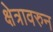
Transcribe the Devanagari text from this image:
क्षेत्रावरुन